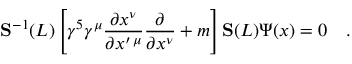
{ \bf S } ^ { - 1 } ( L ) \left[ \gamma ^ { 5 } \gamma ^ { \mu } \frac { \partial x ^ { \nu } } { \partial x ^ { \prime \, \mu } } \frac { \partial } { \partial x ^ { \nu } } + m \right] { \bf S } ( L ) \Psi ( x ) = 0 \quad .